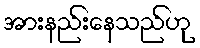
အားနည်းနေသည်ဟု